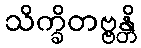
သိက္ခိတဗ္ဗန္တိ